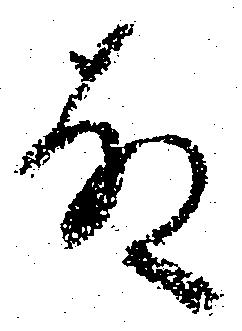
故